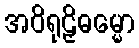
အဝိရုဠှိဓမ္မော